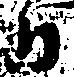
日